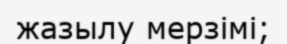
жазылу мерзімі;